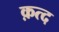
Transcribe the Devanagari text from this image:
क़त्द